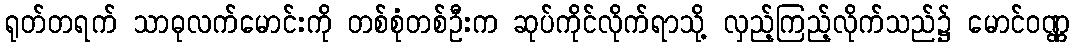
ရုတ်တရက် သာဓုလက်မောင်းကို တစ်စုံတစ်ဦးက ဆုပ်ကိုင်လိုက်ရာသို့ လှည့်ကြည့်လိုက်သည်၌ မောင်ဝဏ္ဏ